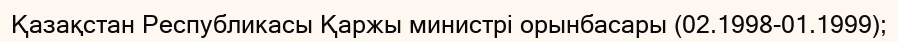
Қазақстан Республикасы Қаржы министрі орынбасары (02.1998-01.1999);